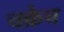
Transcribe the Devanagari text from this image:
चक्रेच